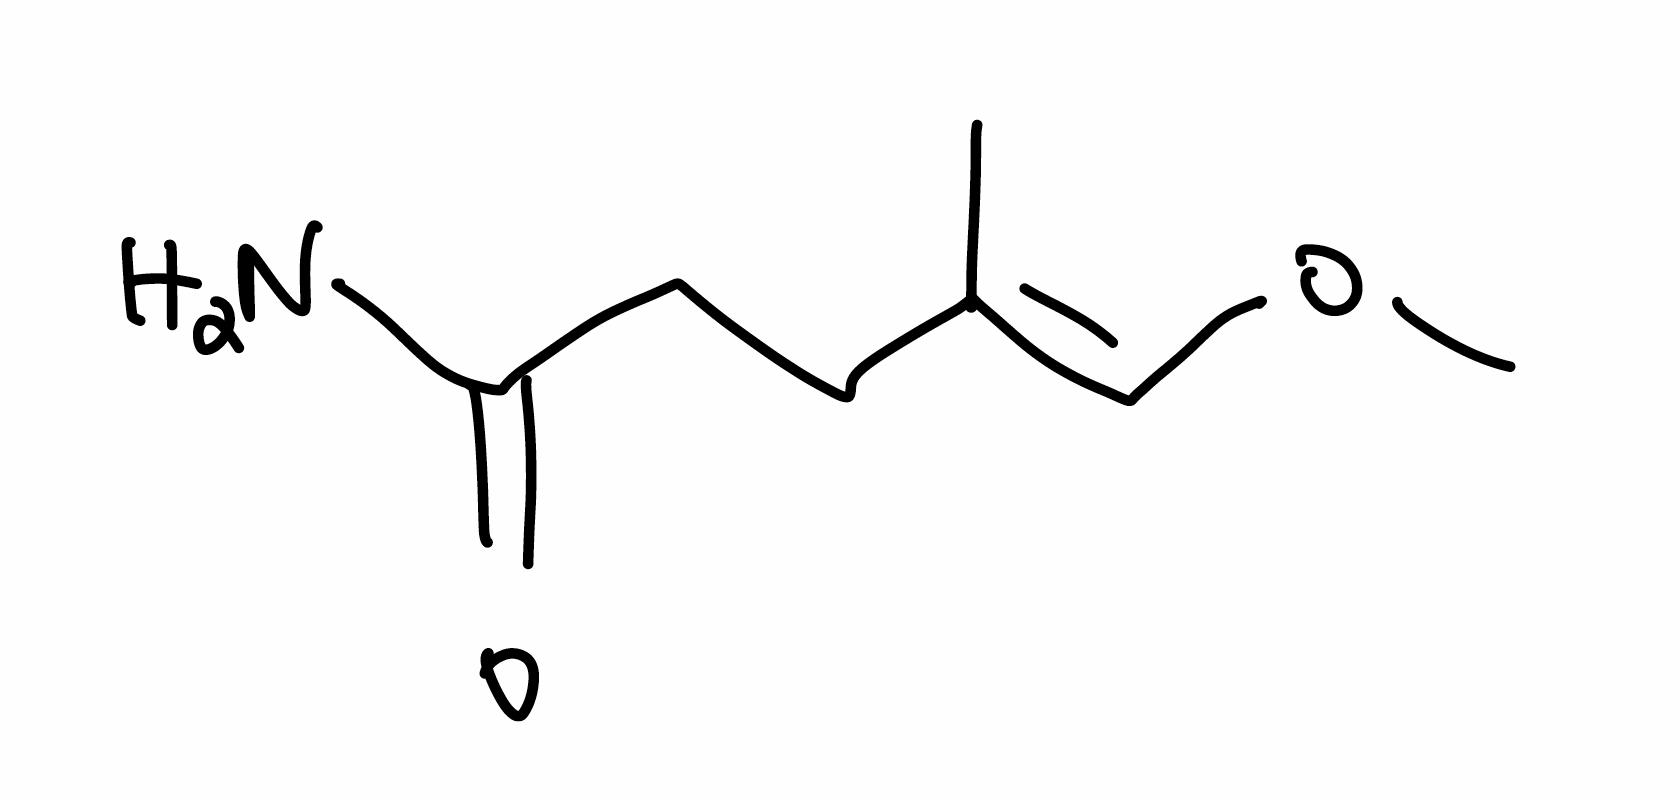
Simplified molecular-input line-entry system (SMILES) notation of the given molecule:
C/C(=C\OC)/CCC(=O)N